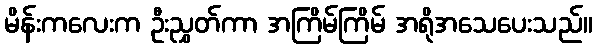
မိန်းကလေးက ဦးညွှတ်ကာ အကြိမ်ကြိမ် အရိုအသေပေးသည်။